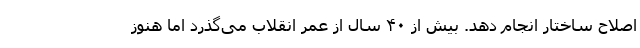
اصلاح ساختار انجام دهد. بیش از ۴۰ سال از عمر انقلاب می‌گذرد اما هنوز